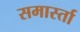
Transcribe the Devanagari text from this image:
समार्स्ता